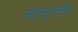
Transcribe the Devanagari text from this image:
सोल्ट्ज़मैन